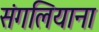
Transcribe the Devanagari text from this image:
संगलियाना